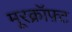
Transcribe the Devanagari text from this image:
मूरक्रॉफ़्ट